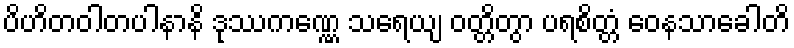
ပိဟိတဝါတပါနာနိ ဒုဿကဏ္ဏေ သရေယျ ဝတ္တိတွာ ပရစိတ္တံ ဝေနသာခေါတိ